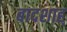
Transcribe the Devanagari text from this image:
बादशाह्